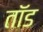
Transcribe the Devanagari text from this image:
तॉड